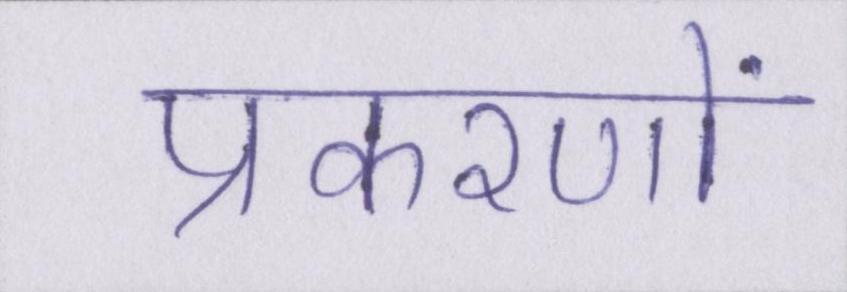
प्रकरणों